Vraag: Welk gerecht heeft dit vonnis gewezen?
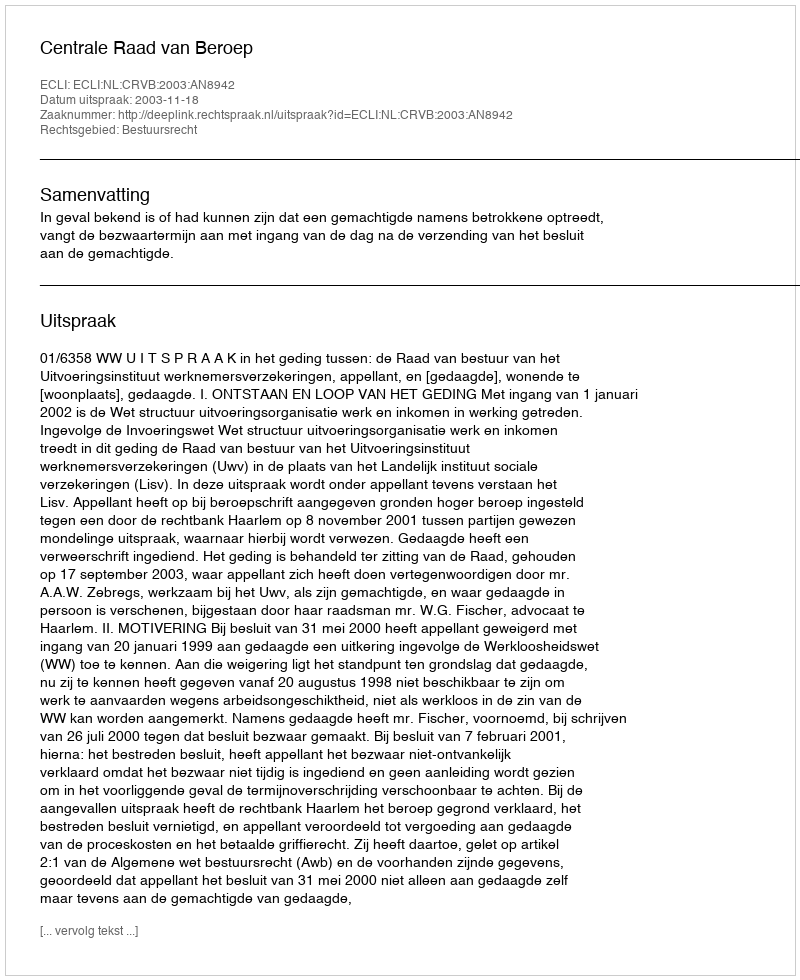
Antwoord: Centrale Raad van Beroep